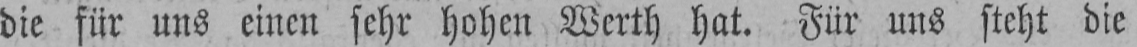
die für uns einen sehr hohen Werth hat. Für uns steht die